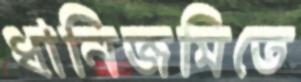
ধানিজমিতে